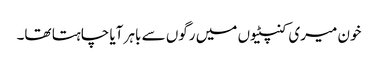
خون میری کنپٹیوں میں رگوں سے باہر آیا چاہتا تھا۔